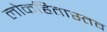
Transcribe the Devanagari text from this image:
लोकहितास्तव